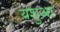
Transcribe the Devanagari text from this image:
यशुआ